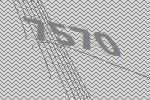
7570